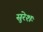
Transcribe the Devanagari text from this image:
सुरेशः